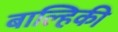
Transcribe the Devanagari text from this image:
बाल्हिकी